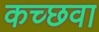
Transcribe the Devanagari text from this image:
कच्छवा